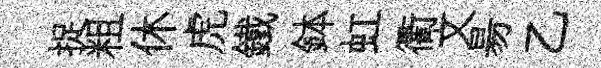
捉粗休虎鐵鉢虹衢文昜乙